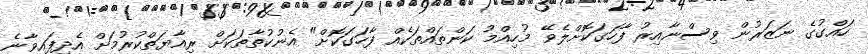
ހައްގުގެ ނަޒަރުން ވިސްނާއިރު ފާހަގަކޮށްލެވޭ މުހިއްމު ކަންތައްތަކެއް ފާހަގަކޮށް" އެނުކުތާތަކަށް ރިއާޔަތްކުރުމަށް އެދިފައިވާނެ